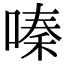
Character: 嗪